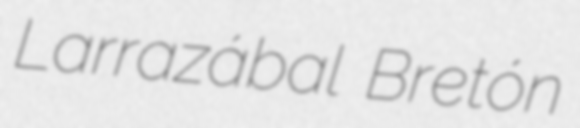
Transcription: Larrazábal Bretón